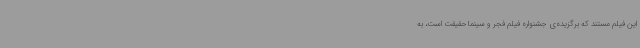
این فیلم مستند که برگزیده‌ی جشنواره فیلم فجر و سینماحقیقت است، به